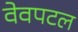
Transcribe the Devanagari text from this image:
वेवपटल